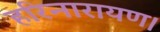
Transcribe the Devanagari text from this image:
हरिनारायण।